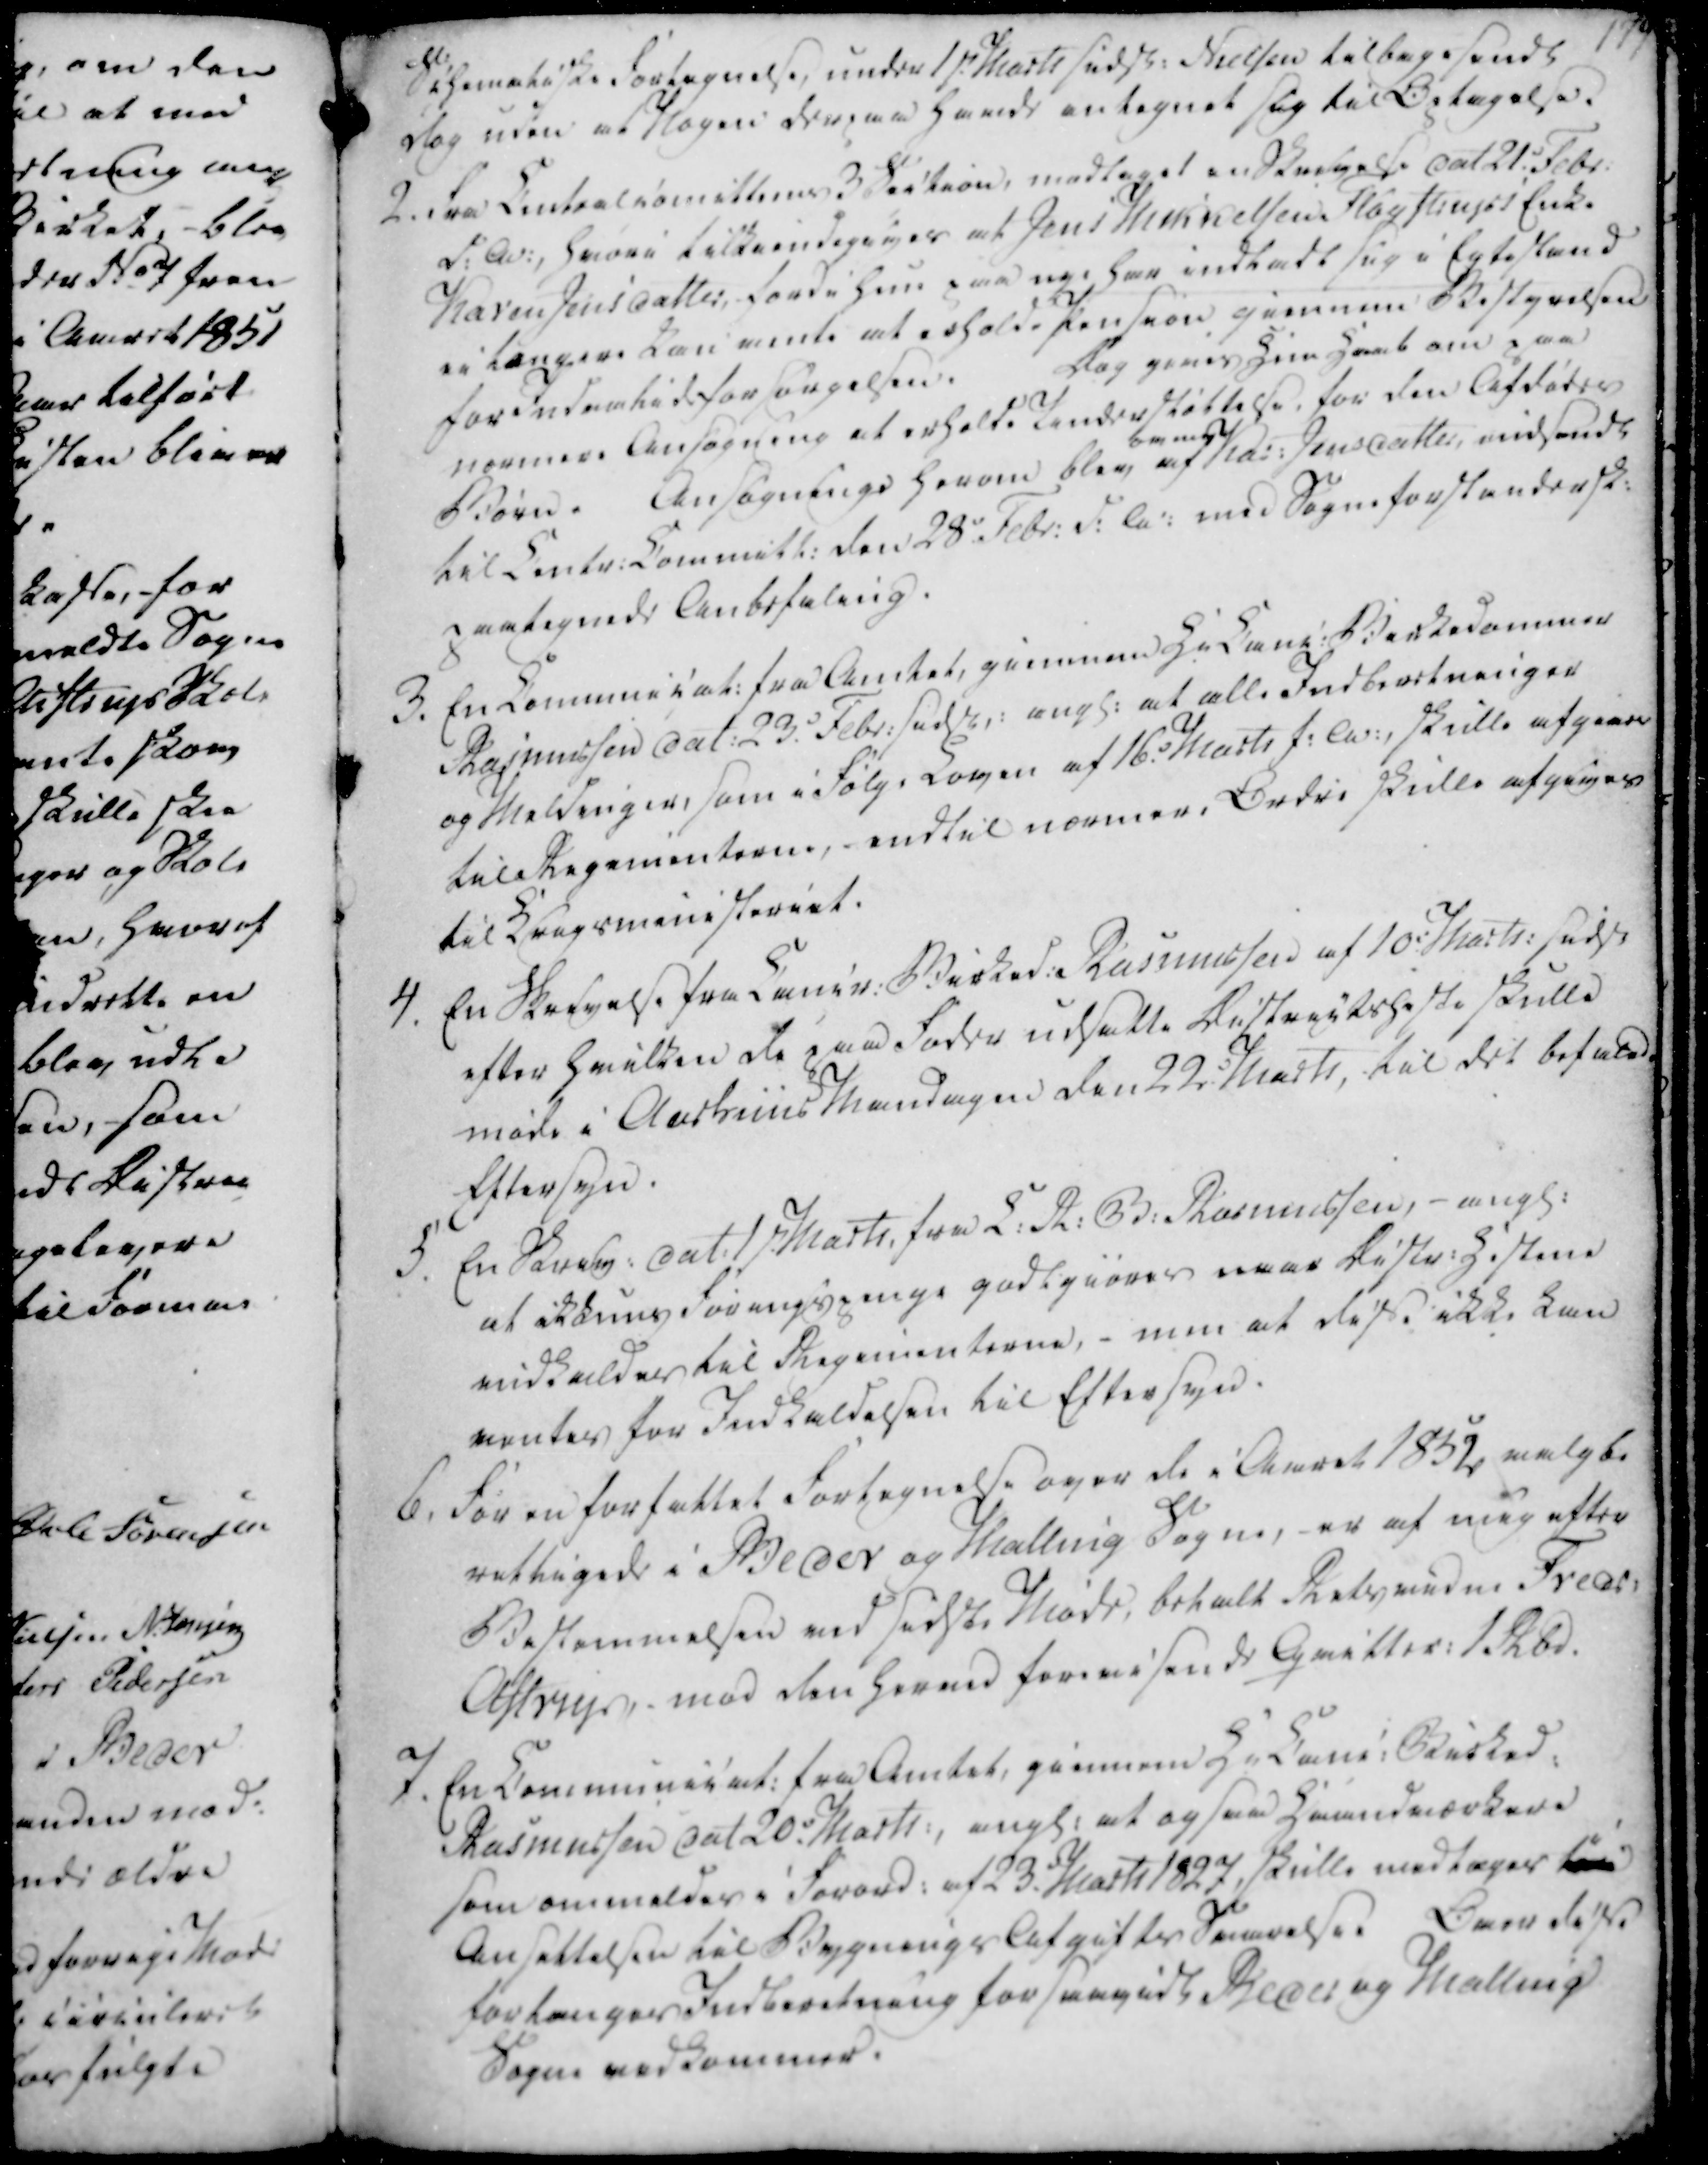
Transskription:
Schematiske Fortegnelse, under 1st. Marts sidst. Nielsen tilbagesendt

dog uden at Nogen derpaa havde antegnet sig til Optagelse.

2. Fra Centralcomitteens 3 Section, modtaget en Skrivelse dat 21. Febr.

d.A., hvori tilkiendegives at Jens Mikkelsen Fløystrups Enke

Karen Jensdatter, fordi hun paa nye har indladt sig i Egtestand

ei længere kan vente at erholde Pension giennem Bestyrelsen

for Indemtidsforsørgelsen.

Dog gives Hun Haab om paa

nærmere Ansøgning at erholde Understøttelse, for den Afdødes

Børn.

Ansøgninge herom blev

omes

af Kar. Jensdatter, indsendt

til Centr. Committ. den 28. Febr. d.A. med Sogneforstandersk.

paategnede Anbefaling.

Schematiske Fortegnelse, under 1st. Marts sidst. Nielsen tilbagesendt
dog uden at Nogen derpaa havde antegnet sig til Optagelse.
2. Fra Centralcomitteens 3 Section, modtaget en Skrivelse dat 21. Febr.
d.A., hvori tilkiendegives at Jens Mikkelsen Fløystrups Enke
Karen Jensdatter, fordi hun paa nye har indladt sig i Egtestand
ei længere kan vente at erholde Pension giennem Bestyrelsen
for Indemtidsforsørgelsen.
Dog gives Hun Haab om paa
nærmere Ansøgning at erholde Understøttelse, for den Afdødes
Børn.
Ansøgninge herom blev
omes
af Kar. Jensdatter, indsendt
til Centr. Committ. den 28. Febr. d.A. med Sogneforstandersk.
paategnede Anbefaling.

3. En Communicat. fra Amtet, giennem Hr Canc. Birkedommer

Rasmussen dat. 23. Febr. sidst. angl. at alle Indberetninger

og Meldinger, som i Følge Loven af 16. Marts f.A., skulle afgives

til Regimenterne, - endtil nærmere Ordre skulle afgives

til Krigsministeriet.

4. En Skrivelse fra Cancr. Birked. Rasmussen af 10. Marts: sidst

efter hvilken de paa Foder udsatte Districtsheste skulle

møde i Aarhuus Mandagen den 22 Marts, til det befalde

Eftersyn.

5. En Skriv. dat. 1st Marts, fra C. R. B. Rasmussen, angl.

at ikkuns Forangspenge godtgiøres naar Distr. Histene

indkaldes til Regimenterne, - men at disse ikke kan

ventes for Indkaldelsen til Eftersyn.

3. En Communicat. fra Amtet, giennem Hr Canc. Birkedommer
Rasmussen dat. 23. Febr. sidst. angl. at alle Indberetninger
og Meldinger, som i Følge Loven af 16. Marts f.A., skulle afgives
til Regimenterne, - endtil nærmere Ordre skulle afgives
til Krigsministeriet.
4. En Skrivelse fra Cancr. Birked. Rasmussen af 10. Marts: sidst
efter hvilken de paa Foder udsatte Districtsheste skulle
møde i Aarhuus Mandagen den 22 Marts, til det befalde
Eftersyn.
5. En Skriv. dat. 1st Marts, fra C. R. B. Rasmussen, angl.
at ikkuns Forangspenge godtgiøres naar Distr. Histene
indkaldes til Regimenterne, - men at disse ikke kan
ventes for Indkaldelsen til Eftersyn.

6. For en forfattet Fortegnelse over de i Aaret 1852 valgbe

rettigede i Beder og Malling Sogne, er af mig efter

Bestemmelsen ved sidste Møde, betalt Retsvidne Freds.

Astrup,- mod den herved forevisende Qvitter. 1 Rbd.

7. En Communicat. fra Amtet, giennem Hr Canc. Birked.

Rasmussen dat 20. Marts:, angl. at ogsaa Haandværkere

som ommeldes i Forord. af 23. Marts 1827, skulle medtages

Ansettelsen til Bygnings Afgifts Svarelse. Overdisse

forlanges Indberetning for saavidt Beder og Malling

Sogne vedkommer.

6. For en forfattet Fortegnelse over de i Aaret 1852 valgbe
rettigede i Beder og Malling Sogne, er af mig efter
Bestemmelsen ved sidste Møde, betalt Retsvidne Freds.
Astrup,- mod den herved forevisende Qvitter. 1 Rbd.
7. En Communicat. fra Amtet, giennem Hr Canc. Birked.
Rasmussen dat 20. Marts:, angl. at ogsaa Haandværkere
som ommeldes i Forord. af 23. Marts 1827, skulle medtages
Ansettelsen til Bygnings Afgifts Svarelse. Overdisse
forlanges Indberetning for saavidt Beder og Malling
Sogne vedkommer.